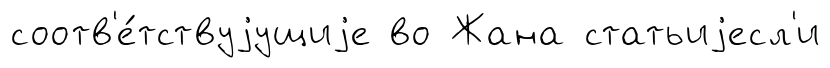
соотв'е́тствуjущиjе во Жана статьиjесл'и